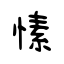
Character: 愫